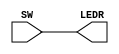
module lab01part01(input [17:0]SW,
						output [17:0]LEDR);
	assign LEDR = SW;		//connect each switch to light
endmodule

module testBenchT01;
	reg [17:0]sw;
	wire[17:0]ld;
	
	lab01part01 testingLab1Task1(sw, ld);
	initial begin
	#100;
	sw = 18'b000000000000000000;
	#100;
	sw = 18'b000000000000000001;
	#100;
	sw = 18'b000000000000001111;
	#100;
	end
	
endmodule